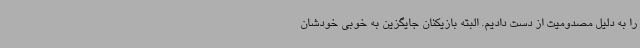
را به دلیل مصدومیت از دست دادیم. البته بازیکنان جایگزین به خوبی خودشان